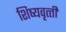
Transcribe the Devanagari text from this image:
शिष्‍यवृत्‍ती